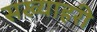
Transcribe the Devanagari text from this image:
सख्याहरी